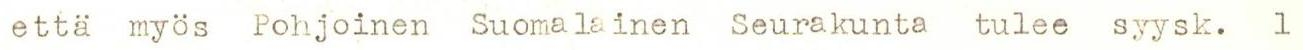
että myös Pohjoinen Suomalainen Seurakunta tulee syysk. 1